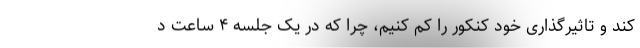
کند و تاثیرگذاری خود کنکور را کم کنیم، چرا که در یک جلسه ۴ ساعت د